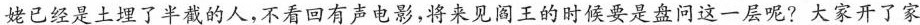
姥已经是土埋了半截的人，不看回有声电影，将来见阎王的时候要是盘问这一层呢?大家开了家